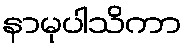
နာမုပါသိကာ